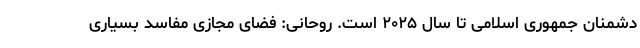
دشمنان جمهوری اسلامی تا سال ۲۰۲۵ است. روحانی: فضای مجازی مفاسد بسیاری